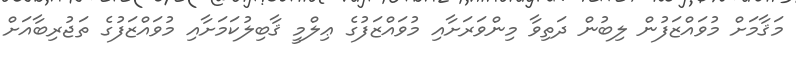
މަޤާމަށް މުވައްޒަފުން ލިބުން ދަތިވާ މިންވަރަށާއި މުވައްޒަފުގެ ޢިލްމީ ޤާބިލުކަމަށާއި މުވައްޒަފުގެ ތަޖުރިބާއަށް